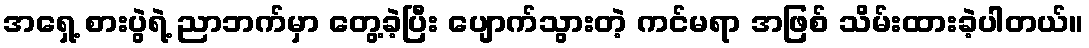
အရှေ့ စားပွဲရဲ့ ညာဘက်မှာ တွေ့ခဲ့ပြီး ပျောက်သွားတဲ့ ကင်မရာ အဖြစ် သိမ်းထားခဲ့ပါတယ်။